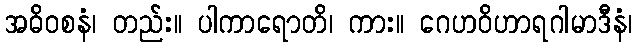
အဓိဝစနံ၊ တည်း။ ပါကာရောတိ၊ ကား။ ဂေဟဝိဟာရဂါမာဒီနံ၊